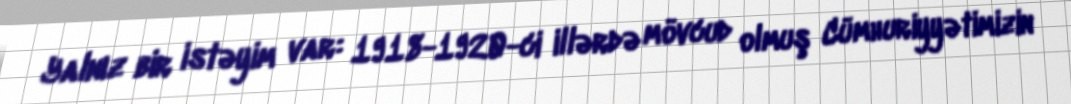
Yalnız bir istəyim var: 1918-1920-ci illərdə mövcud olmuş Cümhuriyyətimizin